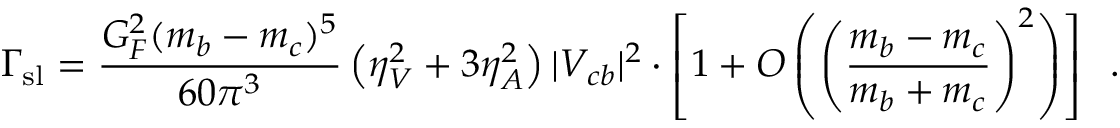
\Gamma _ { \mathrm { s l } } = \frac { G _ { F } ^ { 2 } ( m _ { b } - m _ { c } ) ^ { 5 } } { 6 0 \pi ^ { 3 } } \left( \eta _ { V } ^ { 2 } + 3 \eta _ { A } ^ { 2 } \right) | V _ { c b } | ^ { 2 } \cdot \left[ 1 + { \cal O } \left( \left( \frac { m _ { b } - m _ { c } } { m _ { b } + m _ { c } } \right) ^ { 2 } \right) \right] \; \; .